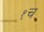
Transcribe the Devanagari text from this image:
१च